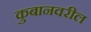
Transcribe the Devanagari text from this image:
कुबानवरील